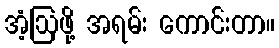
အံ့ဩဖို့ အရမ်း ကောင်းတာ။